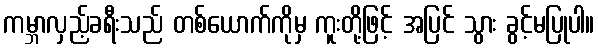
ကမ္ဘာလှည့်ခရီးသည် တစ်ယောက်ကိုမှ ကူးတို့ဖြင့် အပြင် သွား ခွင့်မပြုပါ။